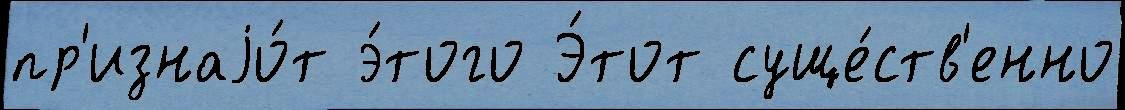
пр'изнаjо́т э́того Э́тот суще́ств'енно